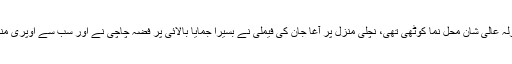
یہ آغا ابراہیم کا گھر آغا ہاؤس تین منزلہ عالی شان محل نما کوٹھی تھی، نچلی منزل پر آغا جان کی فیملی نے بسیرا جمایا بالائی پر فضہ چاچی نے اور سب سے اوپری منزل پر اسد چچا کی فیملی کا قبضہ تھا۔